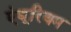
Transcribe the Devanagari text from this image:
एंथूरियम